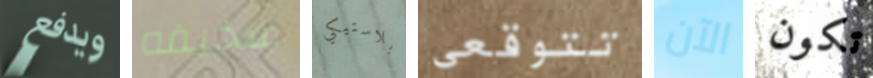
ويدفع سخيفه بلاستيكي تتوقعي الآن تكون